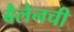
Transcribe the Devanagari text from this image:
बैलेनची